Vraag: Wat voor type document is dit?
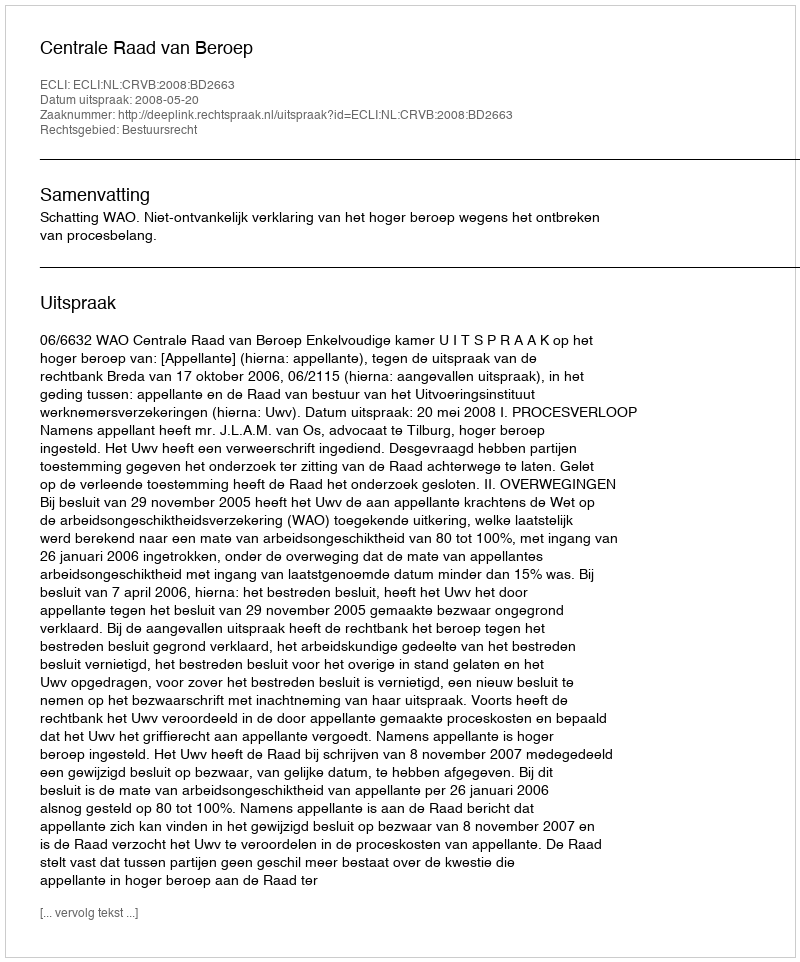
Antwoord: Uitspraak